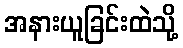
အနားယူခြင်းထဲသို့